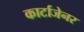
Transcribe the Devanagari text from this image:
कार्टाजेनर